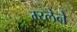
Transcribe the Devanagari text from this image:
म्य्लेने